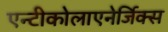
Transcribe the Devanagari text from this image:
एन्टीकोलाएनेर्जिक्स